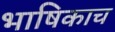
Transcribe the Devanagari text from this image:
भाषिकाच